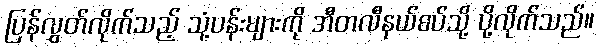
ပြန်လွှတ်လိုက်သည့် သုံ့ပန်းများကို အီတလီနယ်စပ်သို့ ပို့လိုက်သည်။